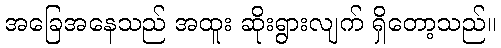
အခြေအနေသည် အထူး ဆိုးရွားလျက် ရှိတော့သည်။